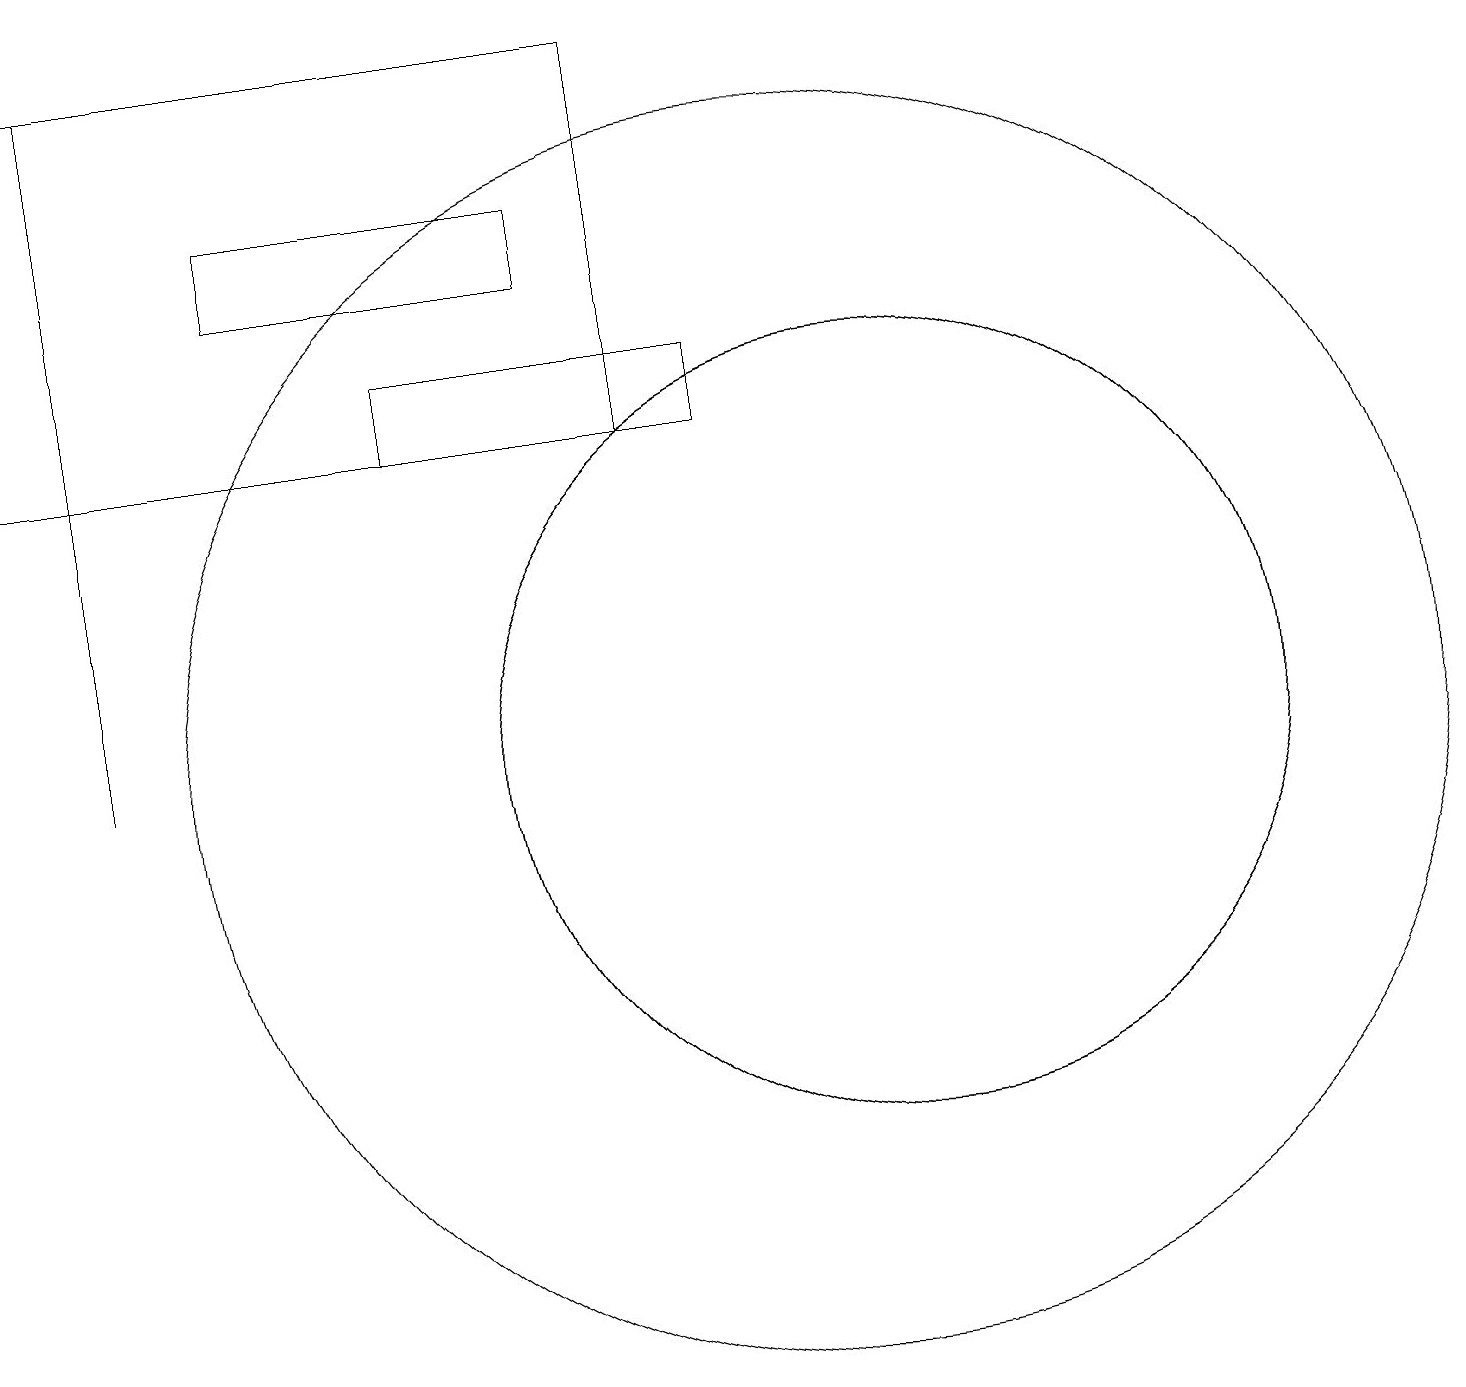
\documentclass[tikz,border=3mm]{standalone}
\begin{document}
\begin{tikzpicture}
\draw (1,19) rectangle (1,10);
\draw (11,10) circle (5);
\draw (0,14) rectangle (8,19);
\draw (5,15) rectangle (9,14);
\draw (10,10) circle (0);
\draw (11,10) circle (5);
\draw (7,17) rectangle (3,16);
\draw (10,10) circle (8);
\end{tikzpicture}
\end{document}